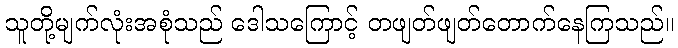
သူတို့မျက်လုံးအစုံသည် ဒေါသကြောင့် တဖျတ်ဖျတ်တောက်နေကြသည်။